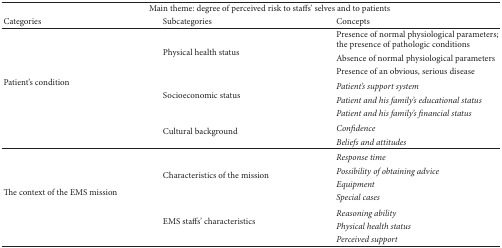
<table><thead><tr><td colspan="3"><b>Main theme: degree of perceived risk to staffs&#x27; selves and to patients</b></td></tr><tr><td><b>Categories</b></td><td><b>Subcategories</b></td><td><b>Concepts</b></td></tr></thead><tbody><tr><td rowspan="8">Patient&#x27;s condition</td><td rowspan="3">Physical health status</td><td>Presence of normal physiological parameters;the presence of pathologic conditions</td></tr><tr><td>Absence of normal physiological parameters</td></tr><tr><td>Presence of an obvious, serious disease</td></tr><tr><td rowspan="3">Socioeconomic status</td><td><i>Patient&#x27;s support system </i></td></tr><tr><td><i>Patient and his family&#x27;s educational status </i></td></tr><tr><td><i>Patient and his family&#x27;s financial status </i></td></tr><tr><td rowspan="2">Cultural background</td><td><i>Confidence </i></td></tr><tr><td><i>Beliefs and attitudes </i></td></tr><tr><td rowspan="7">The context of the EMS mission</td><td rowspan="4">Characteristics of the mission</td><td><i>Response time </i></td></tr><tr><td><i>Possibility of obtaining advice </i></td></tr><tr><td><i>Equipment </i></td></tr><tr><td><i>Special cases </i></td></tr><tr><td rowspan="3">EMS staffs&#x27; characteristics</td><td><i>Reasoning ability </i></td></tr><tr><td><i>Physical health status </i></td></tr><tr><td><i>Perceived support </i></td></tr></tbody></table>